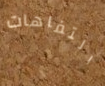
التفاهات